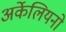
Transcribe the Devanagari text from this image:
अर्केलियनो